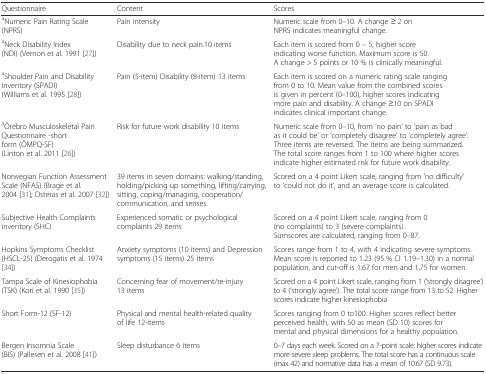
<table><thead><tr><td><b>Questionnaire</b></td><td><b>Content</b></td><td><b>Scores</b></td></tr></thead><tbody><tr><td><sup>a</sup>Numeric Pain Rating Scale (NPRS)</td><td>Pain intensity</td><td>Numeric scale from 0–10. A change ≥ 2 on NPRS indicates meaningful change.</td></tr><tr><td><sup>a</sup>Neck Disability Index (NDI) (Vernon et al. 1991 [27])</td><td>Disability due to neck pain.10 items</td><td>Each item is scored from 0 – 5, higher score indicating worse function. Maximum score is 50. A change &gt; 5 points or 10 % is clinically meaningful.</td></tr><tr><td><sup>a</sup>Shoulder Pain and Disability Inventory (SPADI) (Williams et al. 1995 [28])</td><td>Pain (5-item) Disability (8-item) 13 items</td><td>Each item is scored on a numeric rating scale ranging from 0 to 10. Mean value from the combined scores is given in percent (0–100), higher scores indicating more pain and disability. A change ≥10 on SPADI indicates clinical important change.</td></tr><tr><td><sup>a</sup>Örebro Musculoskeletal Pain Questionnaire -short form (ÖMPQ-SF) (Linton et al. 2011 [26])</td><td>Risk for future work disability 10 items</td><td>Numeric scale from 0–10, from ‘no pain’ to ‘pain as bad as it could be’ or ‘completely disagree’ to ‘completely agree’. Three items are reversed. The items are being summarized. The total score ranges from 1 to 100 where higher scores indicate higher estimated risk for future work disability.</td></tr><tr><td>Norwegian Function Assessment Scale (NFAS) (Brage et al. 2004 [31]; Osteras et al. 2007 [32])</td><td>39 items in seven domains: walking/standing, holding/picking up something, lifting/carrying, sitting, coping/managing, cooperation/communication, and senses.</td><td>Scored on a 4 point Likert scale, ranging from ‘no difficulty’ to ‘could not do it’, and an average score is calculated.</td></tr><tr><td>Subjective Health Complaints inventory (SHC)</td><td>Experienced somatic or psychological complaints 29 items</td><td>Scored on a 4 point Likert scale, ranging from 0 (no complaints) to 3 (severe complaints). Sumscores are calculated, ranging from 0–87.</td></tr><tr><td>Hopkins Symptoms Checklist (HSCL-25) (Derogatis et al. 1974 [34])</td><td>Anxiety symptoms (10 items) and Depression symptoms (15 items) 25 items</td><td>Scores range from 1 to 4, with 4 indicating severe symptoms. Mean score is reported to 1.23 (95 % CI 1.19–1.30) in a normal population, and cut-off is 1.67 for men and 1.75 for women.</td></tr><tr><td>Tampa Scale of Kinesiophobia (TSK) (Kori et al. 1990 [35])</td><td>Concerning fear of movement/re-injury 13 items</td><td>Scored on a 4 point Likert scale, ranging from 1 (‘strongly disagree’) to 4 (‘strongly agree’). The total score range from 13 to 52. Higher scores indicate higher kinesiophobia</td></tr><tr><td>Short Form-12 (SF-12)</td><td>Physical and mental health-related quality of life 12-items</td><td>Scores ranging from 0 to100. Higher scores reflect better perceived health, with 50 as mean (SD 10) scores for mental and physical dimensions for a healthy population.</td></tr><tr><td>Bergen Insomnia Scale (BIS) (Pallesen et al. 2008 [41])</td><td>Sleep disturbance 6 items</td><td>0–7 days each week. Scored on a 7-point scale; higher scores indicate more severe sleep problems. The total score has a continuous scale (max 42) and normative data has a mean of 10.67 (SD 9.73).</td></tr></tbody></table>